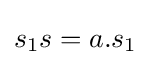
s_{1}s=a.s_{1}